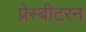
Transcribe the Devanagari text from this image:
प्रेस्बीटरन